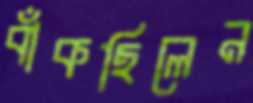
বাঁকছিলেন